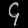
Digit: ၄